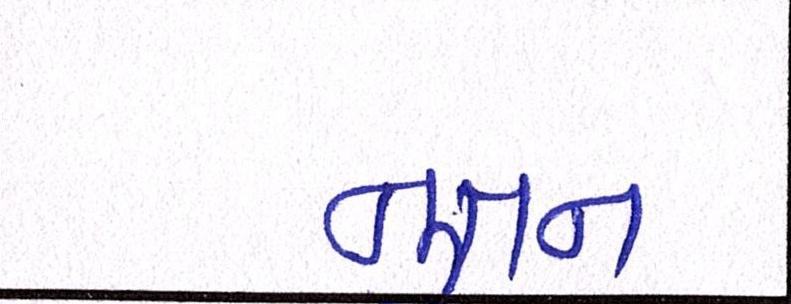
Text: નુતન